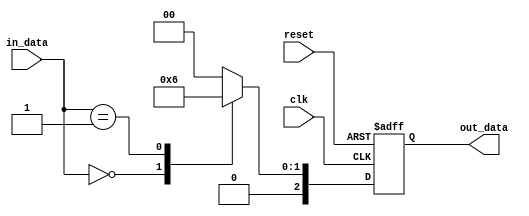
module combinational_logic (
    input clk,
    input reset,
    input [3:0] in_data,
    output reg [2:0] out_data
);

always @(posedge clk or negedge reset) begin
    if (!reset) begin
        out_data <= 0;
    end else begin
        case(in_data)
            4'b0000: out_data <= 3'b001; // Example logic
            4'b0001: out_data <= 3'b010; // Example logic
            // Add more cases as needed
            default: out_data <= 3'b000; // Default case
        endcase
    end
end

endmodule